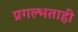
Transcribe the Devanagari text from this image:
प्रगल्भताही